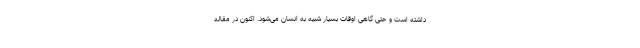
داشته است و حتی گاهی اوقات بسیار شبیه به انسان می‌شود. اکنون در مقاله